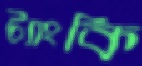
ট্যাংকি